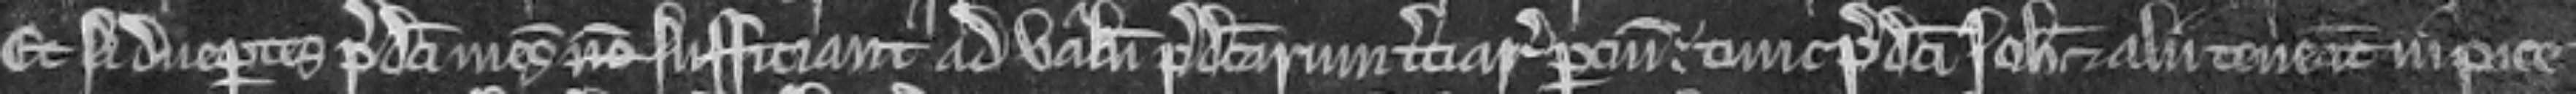
Et si due partes predicti mesuagii non sufficiant ad valenciam predictarum terciarum parcium. tunc predicti Johannes et alii teneant in pace